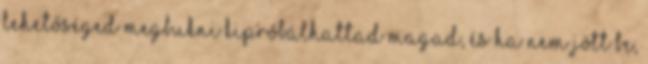
lehetőséged megbukni Kipróbálhattad magad, és ha nem jött be,